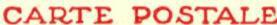
CARTE POSTALE